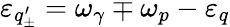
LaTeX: \varepsilon_{q_{\pm}^{\prime}}=\omega_{\gamma}\mp\omega_{p}-\varepsilon_{q}